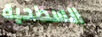
السطحية